Vabadussoja_Ajaloo_Komitee, lk 90
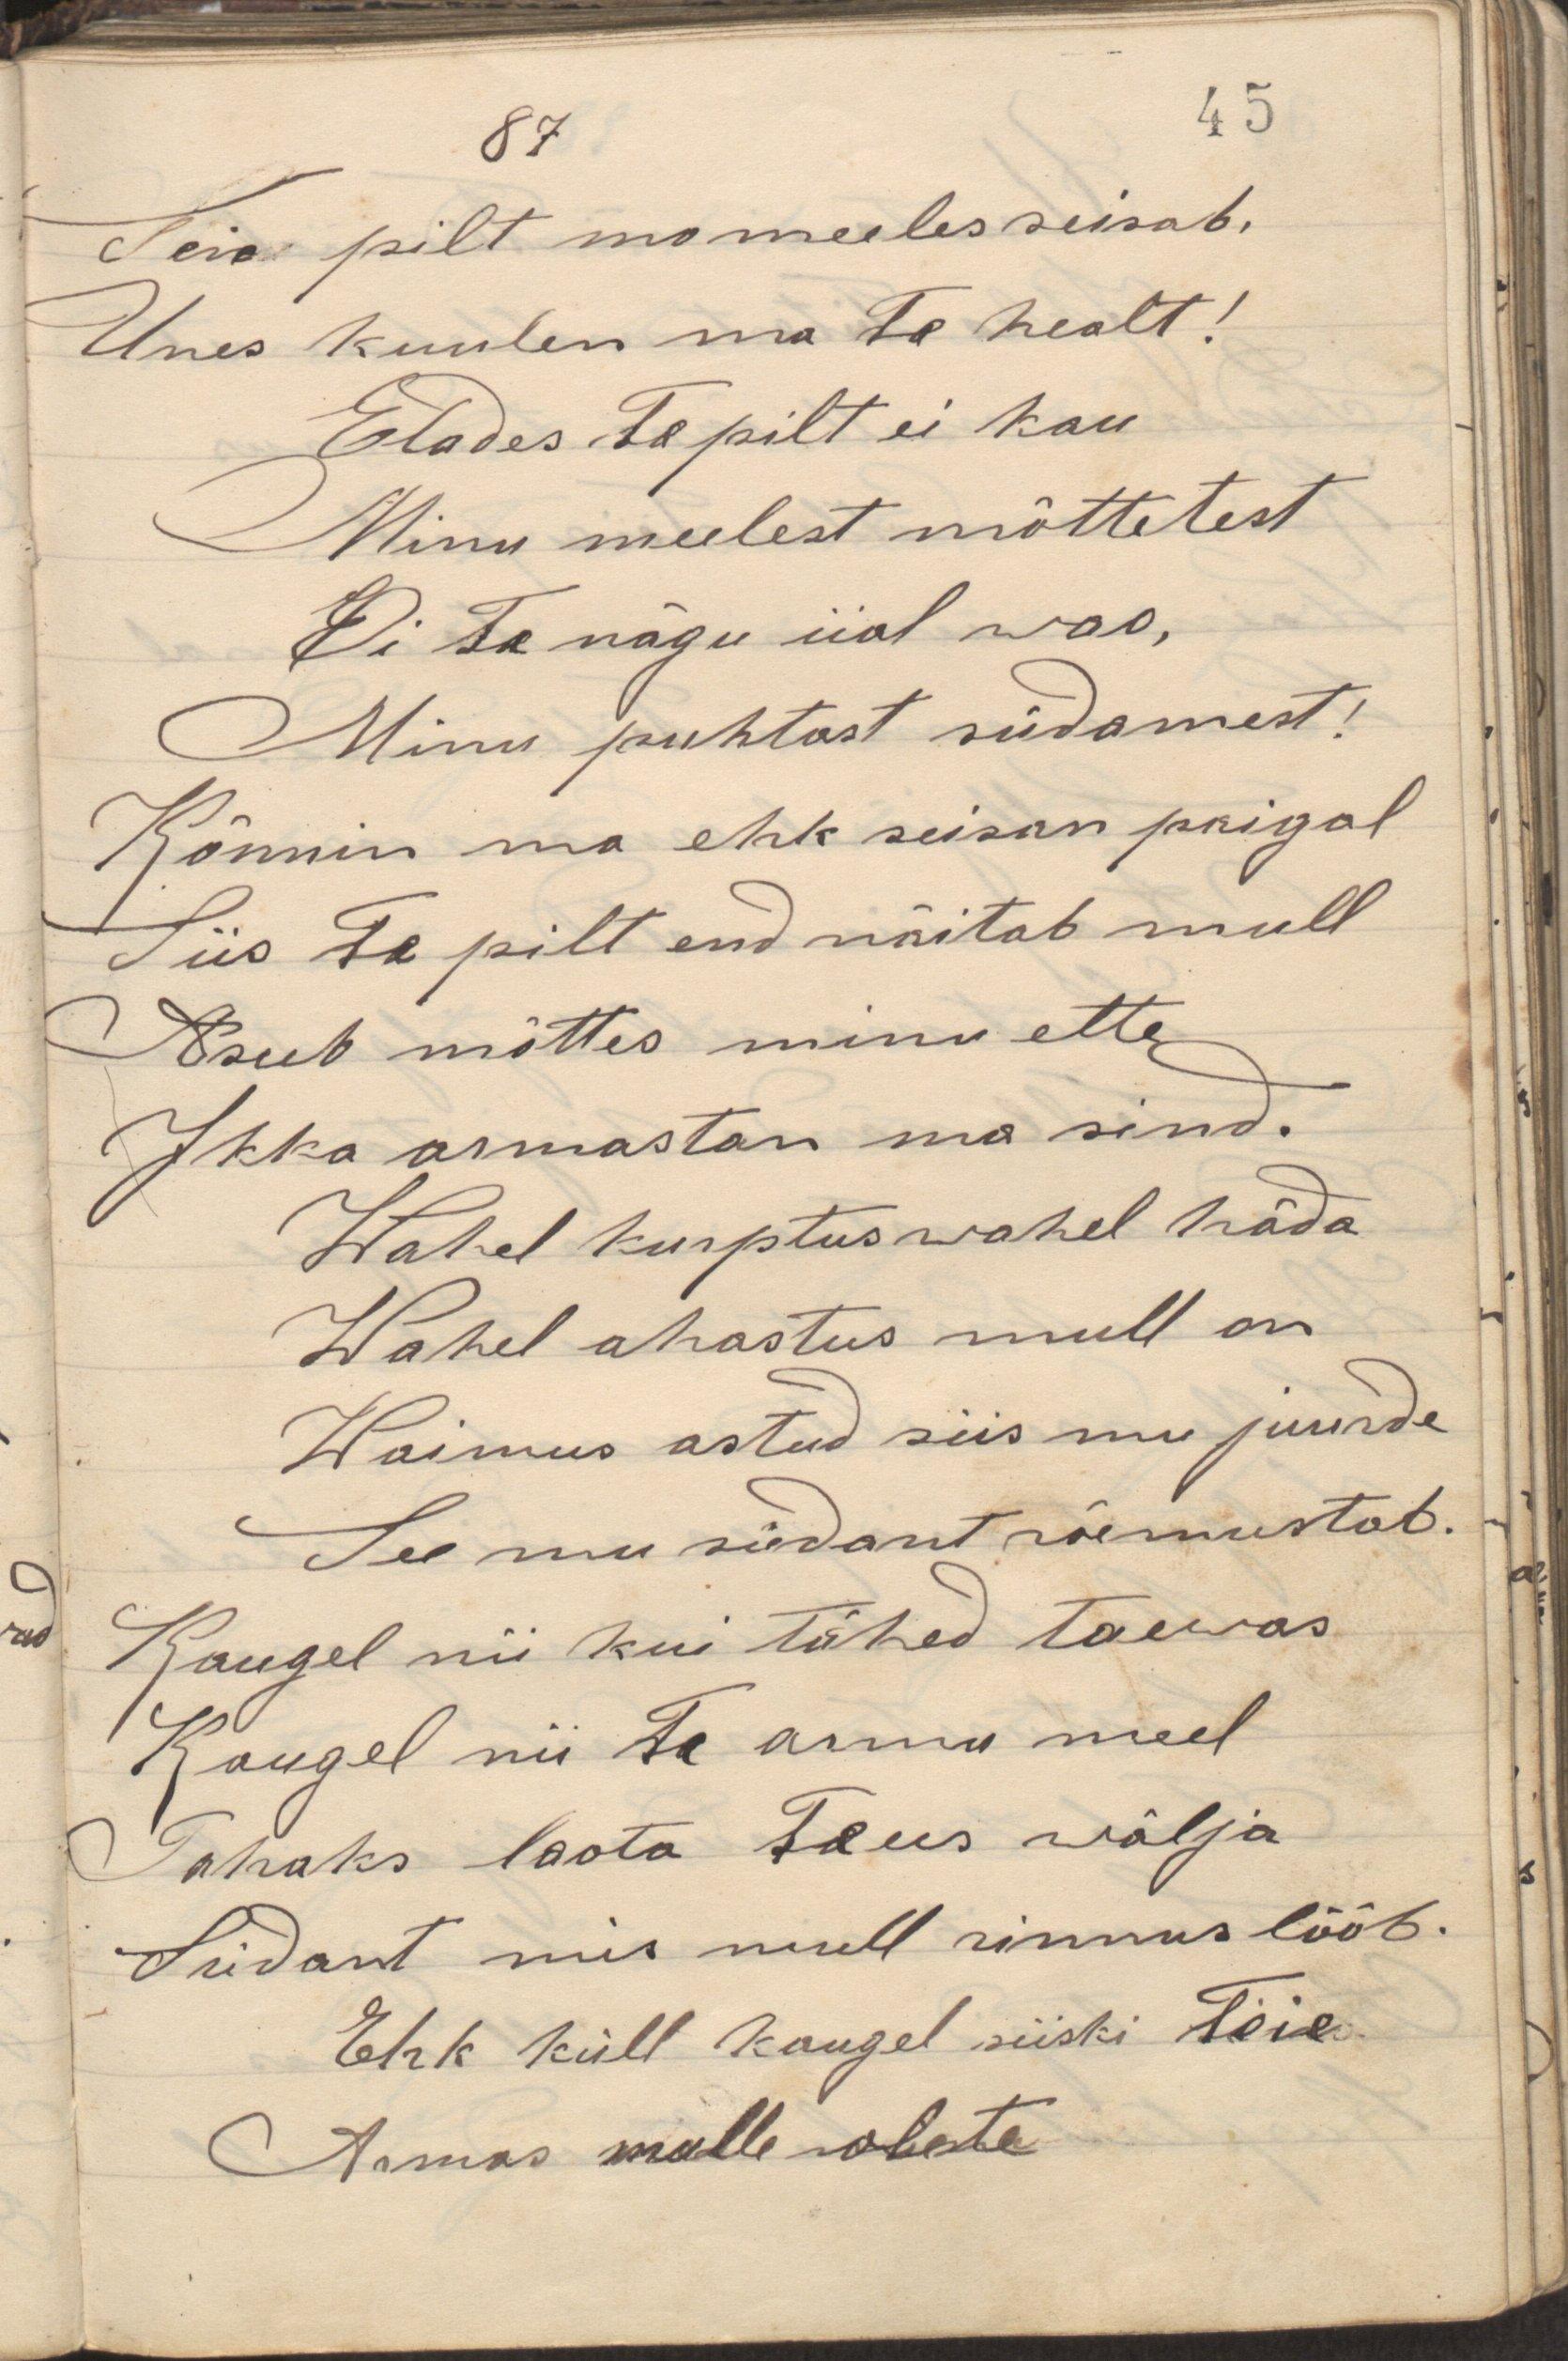
Teie pilt mo meeles seisab,
Unes kuulen ma Te healt!
Elades, Te pilt ei kau
Minu meelest mõttetest
Ei Te nägu iial wao,
Minu puhtast südamest!
Kõnnin ma ehk seisan paigal
Siis Te pilt end näitab mull
Asub mõttes minu ette
Ikka armastan ma sind.
Wahel kurptus wahel häda
Wahel ahastus mull on
Waimus astud siis mu juurde
See mu südant rõemustab.
Kaugel nii kui tähed taewas
Kaugel nii Te armu meel
Tahaks loota Ta ees wälja
Südant mis mull rinnus lööb.
Ehk küll kaugel siiski Teie
Armas mulle olete